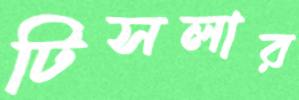
টিসলার